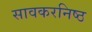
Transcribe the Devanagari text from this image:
सावकरनिष्ठ